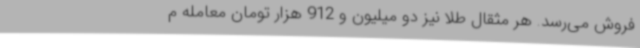
فروش می‌رسد. هر مثقال طلا نیز دو میلیون و 912 هزار تومان معامله م